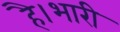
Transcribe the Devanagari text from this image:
है।भारी